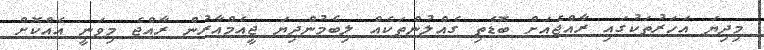
މިދިޔަ އަހަރުތަކުގައި ރާއްޖެއަށް ބޮޑެތި ގެއްލުންތަކެއް ލިބެމުންދިޔަ ޖީއެމްއާރުން ރާއްޖެ މިވަނީ އެއްކޮށް